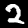
Label: 2